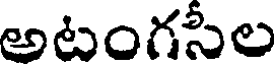
అటంగసీల